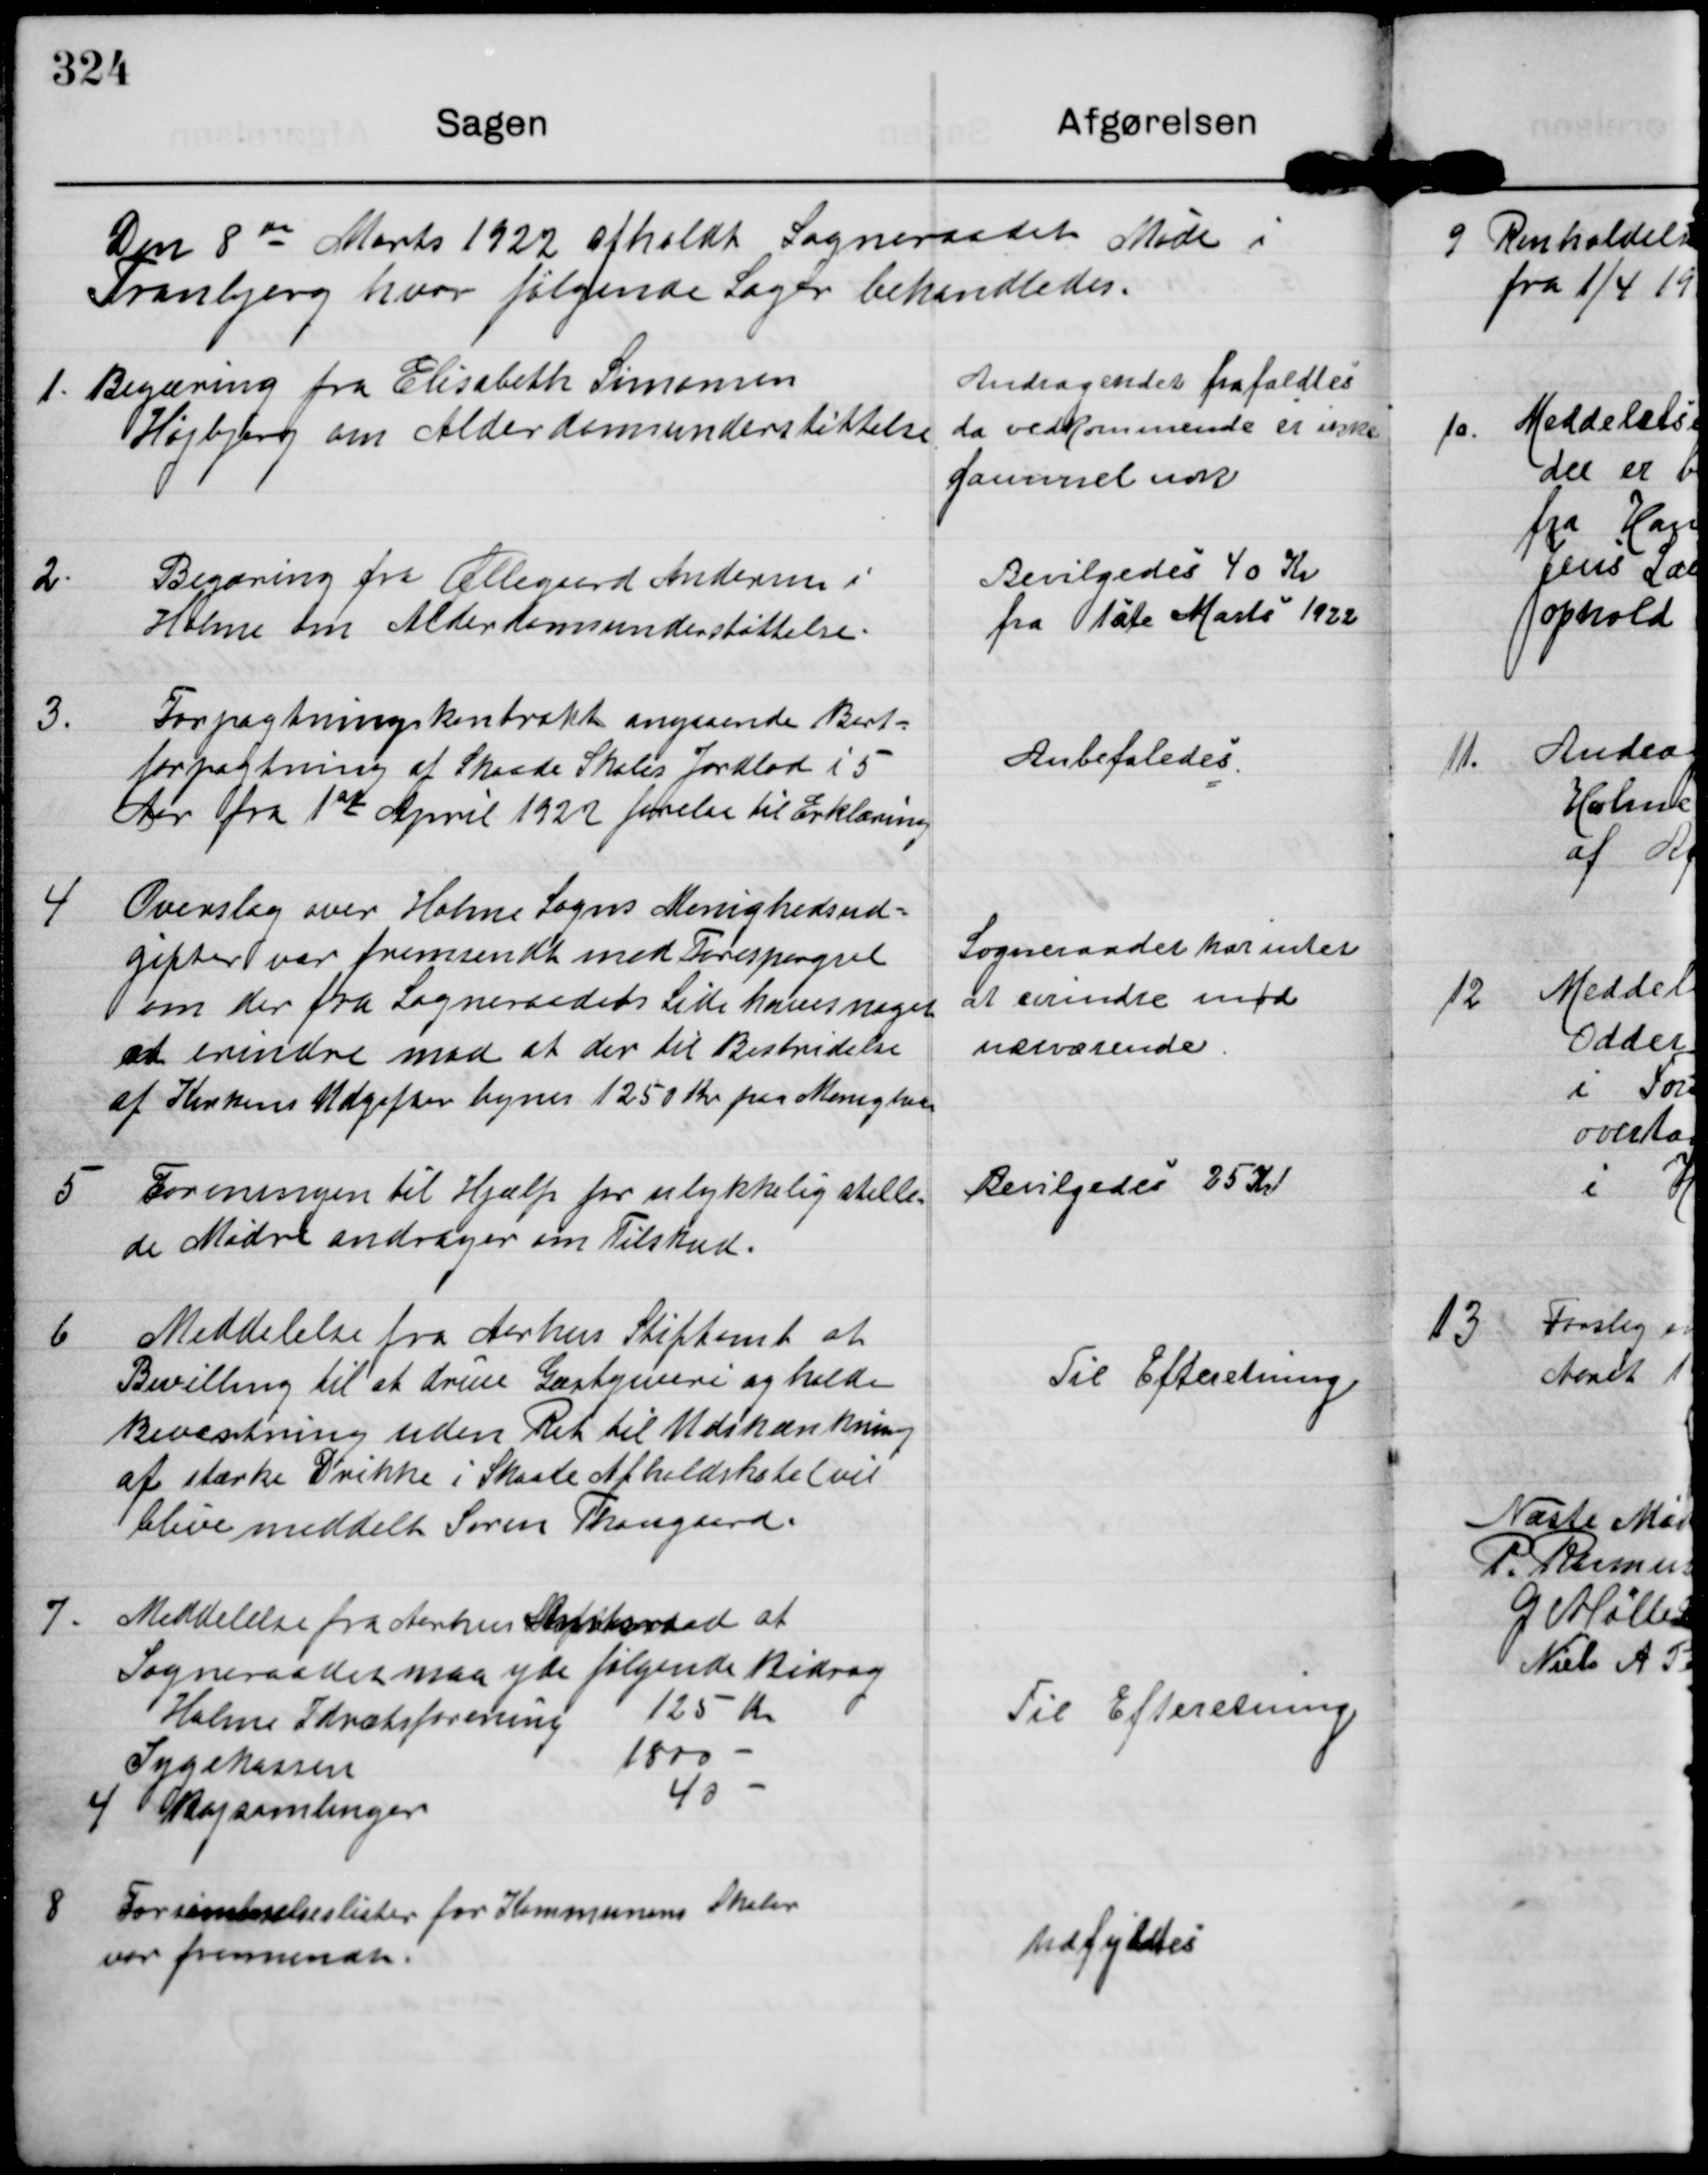
Transskription:
Den 8 de Marts 1922 afholdt Sogneraadet Møde i
Tranbjerg hvor følgende Sager behandledes.

1. Begæring fra Elisabeth Simonsen
Højbjerg om Alderdomsunderstøttelse

Andragendet frafaldtes.
da vedkommende er ikke
gammel nok

2. Begæring fra Øllegaard Andersen i
Holme om Alderdomsunderstøttelse

Bevilgedes 40 Kr
fra 1ste Marts 1922

3. Forpagtningskontrakt angaaende Bort-
forpagtning af Skaade Skoles Jordlod i 5
Aar fra 1st April 1922 forelaa til Erklæring

Anbefaledes

4 Overslag over Holme Sogns Menighedsud-
gifter var fremsendt med Forespørgsel
om der fra Sogneraadets Side haves noget
at erindre mod at der til Bestridelse
af Kirkens Udgifter begæres 1250 Kr per Menighed

Sogneraadet har intet
at erindre mod
nærværende.

5 Foreningen til Hjælp for ulykkelig stille-
de Mødre andrager om Tilskud.

Bevilgedes 25 Kr

6 Meddelelse fra Aarhus Stiftamt at
Bevilling til at drive Gæstgiveri og holde
Beværtning uden Ret til Udskænkning
af stærke Drikke i Skaade Afholdshotel vil
blive meddelt Søren Thougaard.

Til Efteretning.

7. Meddelelse fra Aarhus Amtsraad at
Sogneraadet maa yde følgende Bidrag
Holme Idrætsforenineg 125 Kr
Sygekassen  1800 -
4 Bogsamlinger 40 -

Til Efteretning.

8 Forsømmelseslister for Kommunens Skoler
var fremsendte

udfyldtes